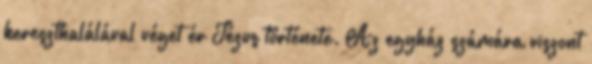
kereszthalálával véget ér Jézus története. Az egyház számára viszont